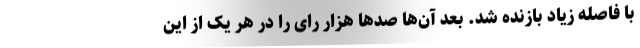
با فاصله زیاد بازنده شد. بعد آن‌‌ها صدها هزار رای را در هر یک از این